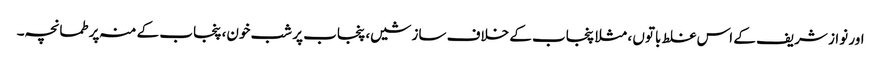
اور نواز شریف کے اس غلط باتوں ، مثلا پنجاب کے خلاف سازشیں، پنجاب پر شب خون، پنجاب کے منہ پر طمانچہ۔